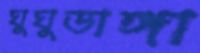
ঘুঘুডাঙ্গা